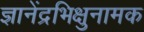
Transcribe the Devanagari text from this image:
ज्ञानेंद्रभिक्षुनामक